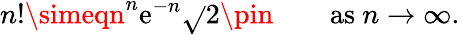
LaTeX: n!\simeqn^{n}\mathrm{e}^{-n}{\sqrt{}{{2\pin}}}\qquad{\mathrm{{as~}}}n\to\infty.